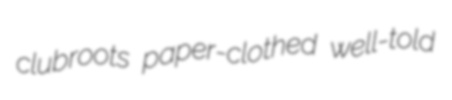
clubroots paper-clothed well-told